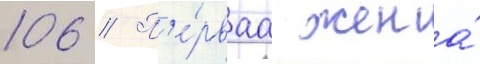
106 // П'е́рваа жена́